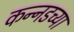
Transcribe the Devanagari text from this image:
कन्‍नडच्या